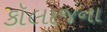
કૉલાજના